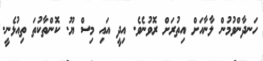
ހަނދާންވުމުން ލާނާއަށް އިތުރަށް ރޮވުނެވެ. އިދީ އައި މިސް ޔޫ. ކޮންތާކުތަ ތިއުޅެނީ.